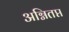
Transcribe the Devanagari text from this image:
अग्नितप्त